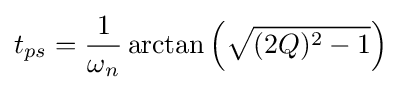
t_{ps}={\frac {1}{\omega _{n}}}\arctan {\left({\sqrt {(2Q)^{2}-1}}\right)}